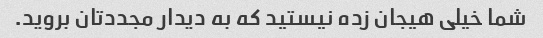
شما خیلی هیجان زده نیستید که به دیدار مجددتان بروید.